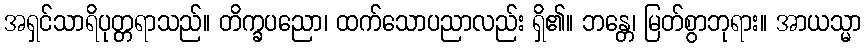
အရှင်သာရိပုတ္တရာသည်။ တိက္ခပညော၊ ထက်သောပညာလည်း ရှိ၏။ ဘန္တေ၊ မြတ်စွာဘုရား။ အာယသ္မာ